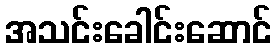
အသင်းခေါင်းဆောင်